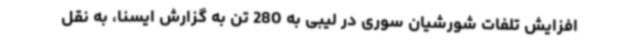
افزایش تلفات شورشیان سوری در لیبی به 280 تن به گزارش ایسنا، به نقل